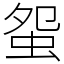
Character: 䖤